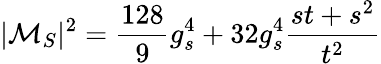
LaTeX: |{{\cal M}}_{S}|^{2}=\frac{128}{9}g_{s}^{4}+32g_{s}^{4}\frac{st+s^{2}}{t^{2}}